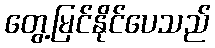
တွေ့မြင်နိုင်ပေသည်